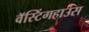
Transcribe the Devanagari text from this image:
वॅस्टिंगहाउस